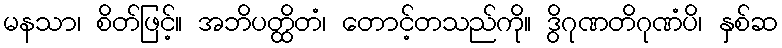
မနသာ၊ စိတ်ဖြင့်။ အဘိပတ္ထိတံ၊ တောင့်တသည်ကို။ ဒွိဂုဏတိဂုဏံပိ၊ နှစ်ဆ